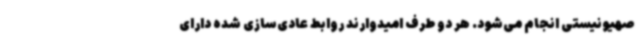
صهیونیستی انجام می‌شود. هر دو طرف امیدوارند روابط عادی‌سازی‌ شده دارای